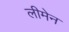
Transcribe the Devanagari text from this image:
लीमेन